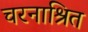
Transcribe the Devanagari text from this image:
चरनाश्रित